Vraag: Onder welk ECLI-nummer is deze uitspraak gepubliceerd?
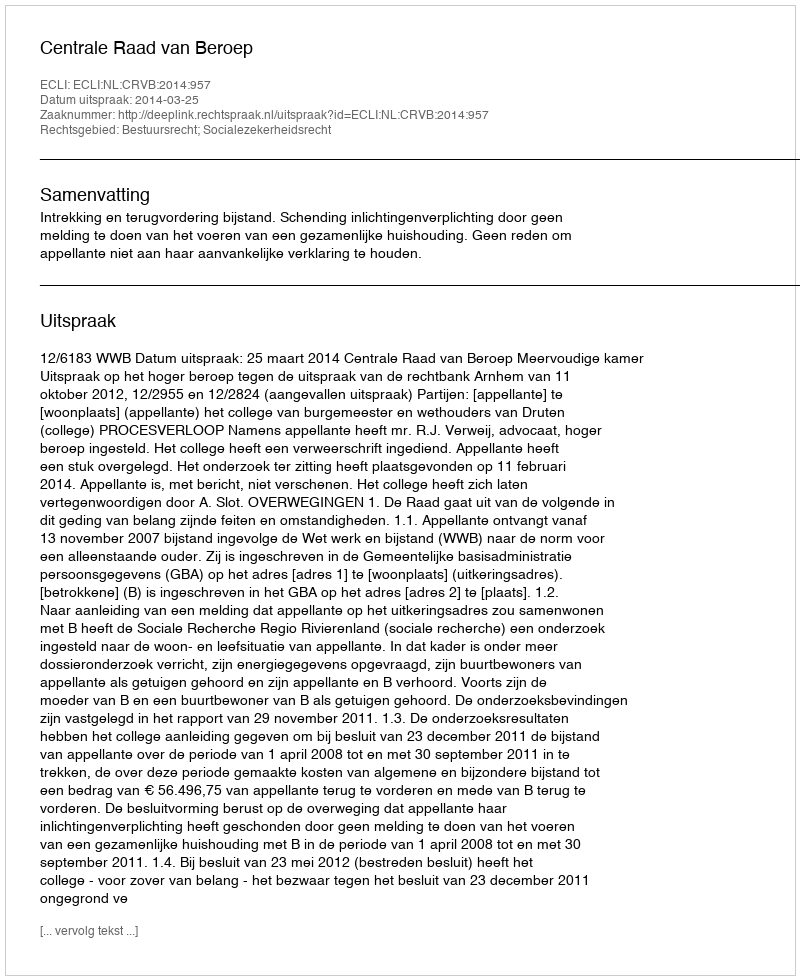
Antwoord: ECLI:NL:CRVB:2014:957